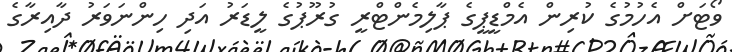
ވޯޓަށް އެހުމުގެ ކުރިން އެމްޑީޕީގެ ޕާލިމެންޓްރީ ގުރޫޕުގެ ލީޑަރު އަދި ހިންނަވަރު ދާއިރާގެ